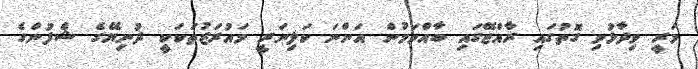
މަރީ ވިދާޅުވި ގޮތުގައި ރާއްޖޭގައި ބާއްވަމުން އަންނަ ކަލިނަރީ މައުރަޒުތަކަކީ ދުނިޔޭގެ ޝެފުންގެ